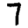
Digit: 7